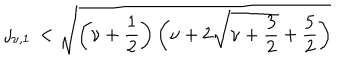
j _ { \nu , 1 } \, < \sqrt { \left( \nu + \frac 1 2 \right) \left( \nu + 2 \sqrt { \nu + \frac 3 2 } + \frac 5 2 \right) }